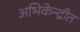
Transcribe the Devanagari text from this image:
अभिकेन्द्रीत